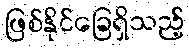
ဖြစ်နိုင်ခြေရှိသည့်